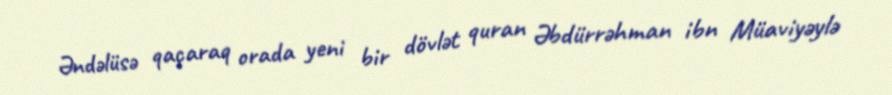
Əndəlüsə qaçaraq orada yeni bir dövlət quran Əbdürrəhman ibn Müaviyəylə